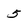
Character: 5